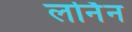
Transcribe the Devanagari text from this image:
लर्निन